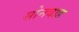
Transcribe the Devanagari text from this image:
सोनवाड